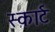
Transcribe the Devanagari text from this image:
स्कार्ट